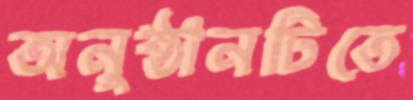
অনুষ্ঠানটিতে